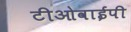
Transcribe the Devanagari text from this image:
टीओवाईपी